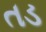
તડ